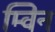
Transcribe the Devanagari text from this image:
म्विन